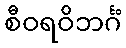
စီဝရဝိဘင်္ဂံ